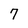
Character: 7